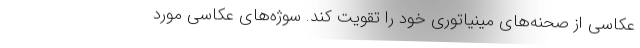
عکاسی از صحنه‌های مینیاتوری خود را تقویت کند. سوژه‌های عکاسی مورد